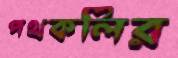
পথকলির